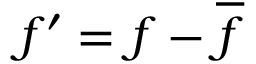
{ f } ^ { \prime } = f - \overline { { f } }